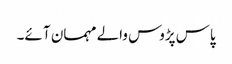
پاس پڑوس والے مہمان آ ئے۔